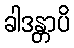
ခါဒန္တာပိ